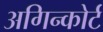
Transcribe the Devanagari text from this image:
अगिन्कोर्ट